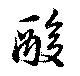
酸